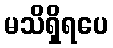
မသိရှိရပေ